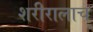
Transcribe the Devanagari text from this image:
शरीरालाच